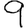
Digit: 9